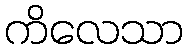
ကိလေသာ